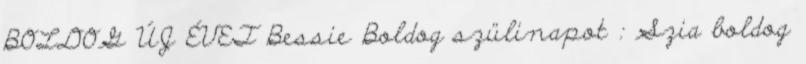
BOLDOG ÚJ ÉVET Bessie Boldog szülinapot : Szia boldog